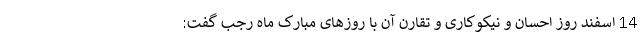
14 اسفند روز احسان و نیکوکاری و تقارن آن با روزهای مبارک ماه رجب گفت: